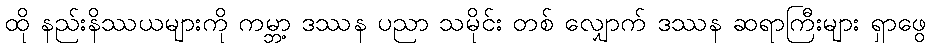
ထို နည်းနိဿယများကို ကမ္ဘာ့ ဒဿန ပညာ သမိုင်း တစ် လျှောက် ဒဿန ဆရာကြီးများ ရှာဖွေ